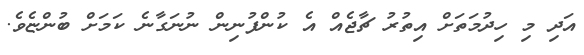
އަދި މި ހިދުމަތަށް އިތުރު ޗާޖެއް އެ ކުންފުނިން ނުނަގާނެ ކަމަށް ބުންޏެވެ.